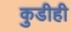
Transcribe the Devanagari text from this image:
कुडीही